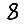
Digit: 8